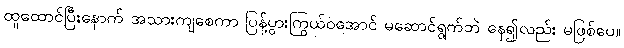
ထူထောင်ပြီးနောက် အသားကျစေကာ ပြန့်ပွားကြွယ်ဝအောင် မဆောင်ရွက်ဘဲ နေ၍လည်း မဖြစ်ပေ။